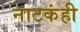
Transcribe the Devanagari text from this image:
नाटकंही